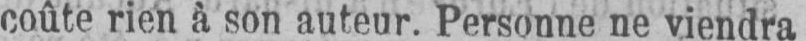
coûte rien à son auteur. Personne ne viendra